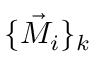
\{ \vec { M } _ { i } \} _ { k }